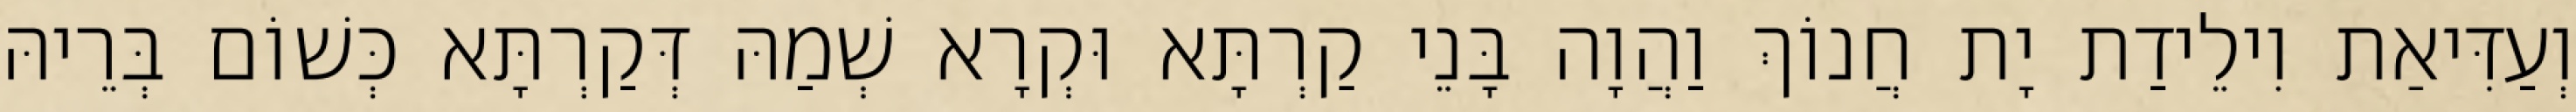
וְעַדִּיאַת וִילֵידַת יָת חֲנוֹךְ וַהֲוָה בָּנֵי קַרְתָּא וּקְרָא שְׁמַהּ דְּקַרְתָּא כְּשׁוֹם בְּרֵיהּ